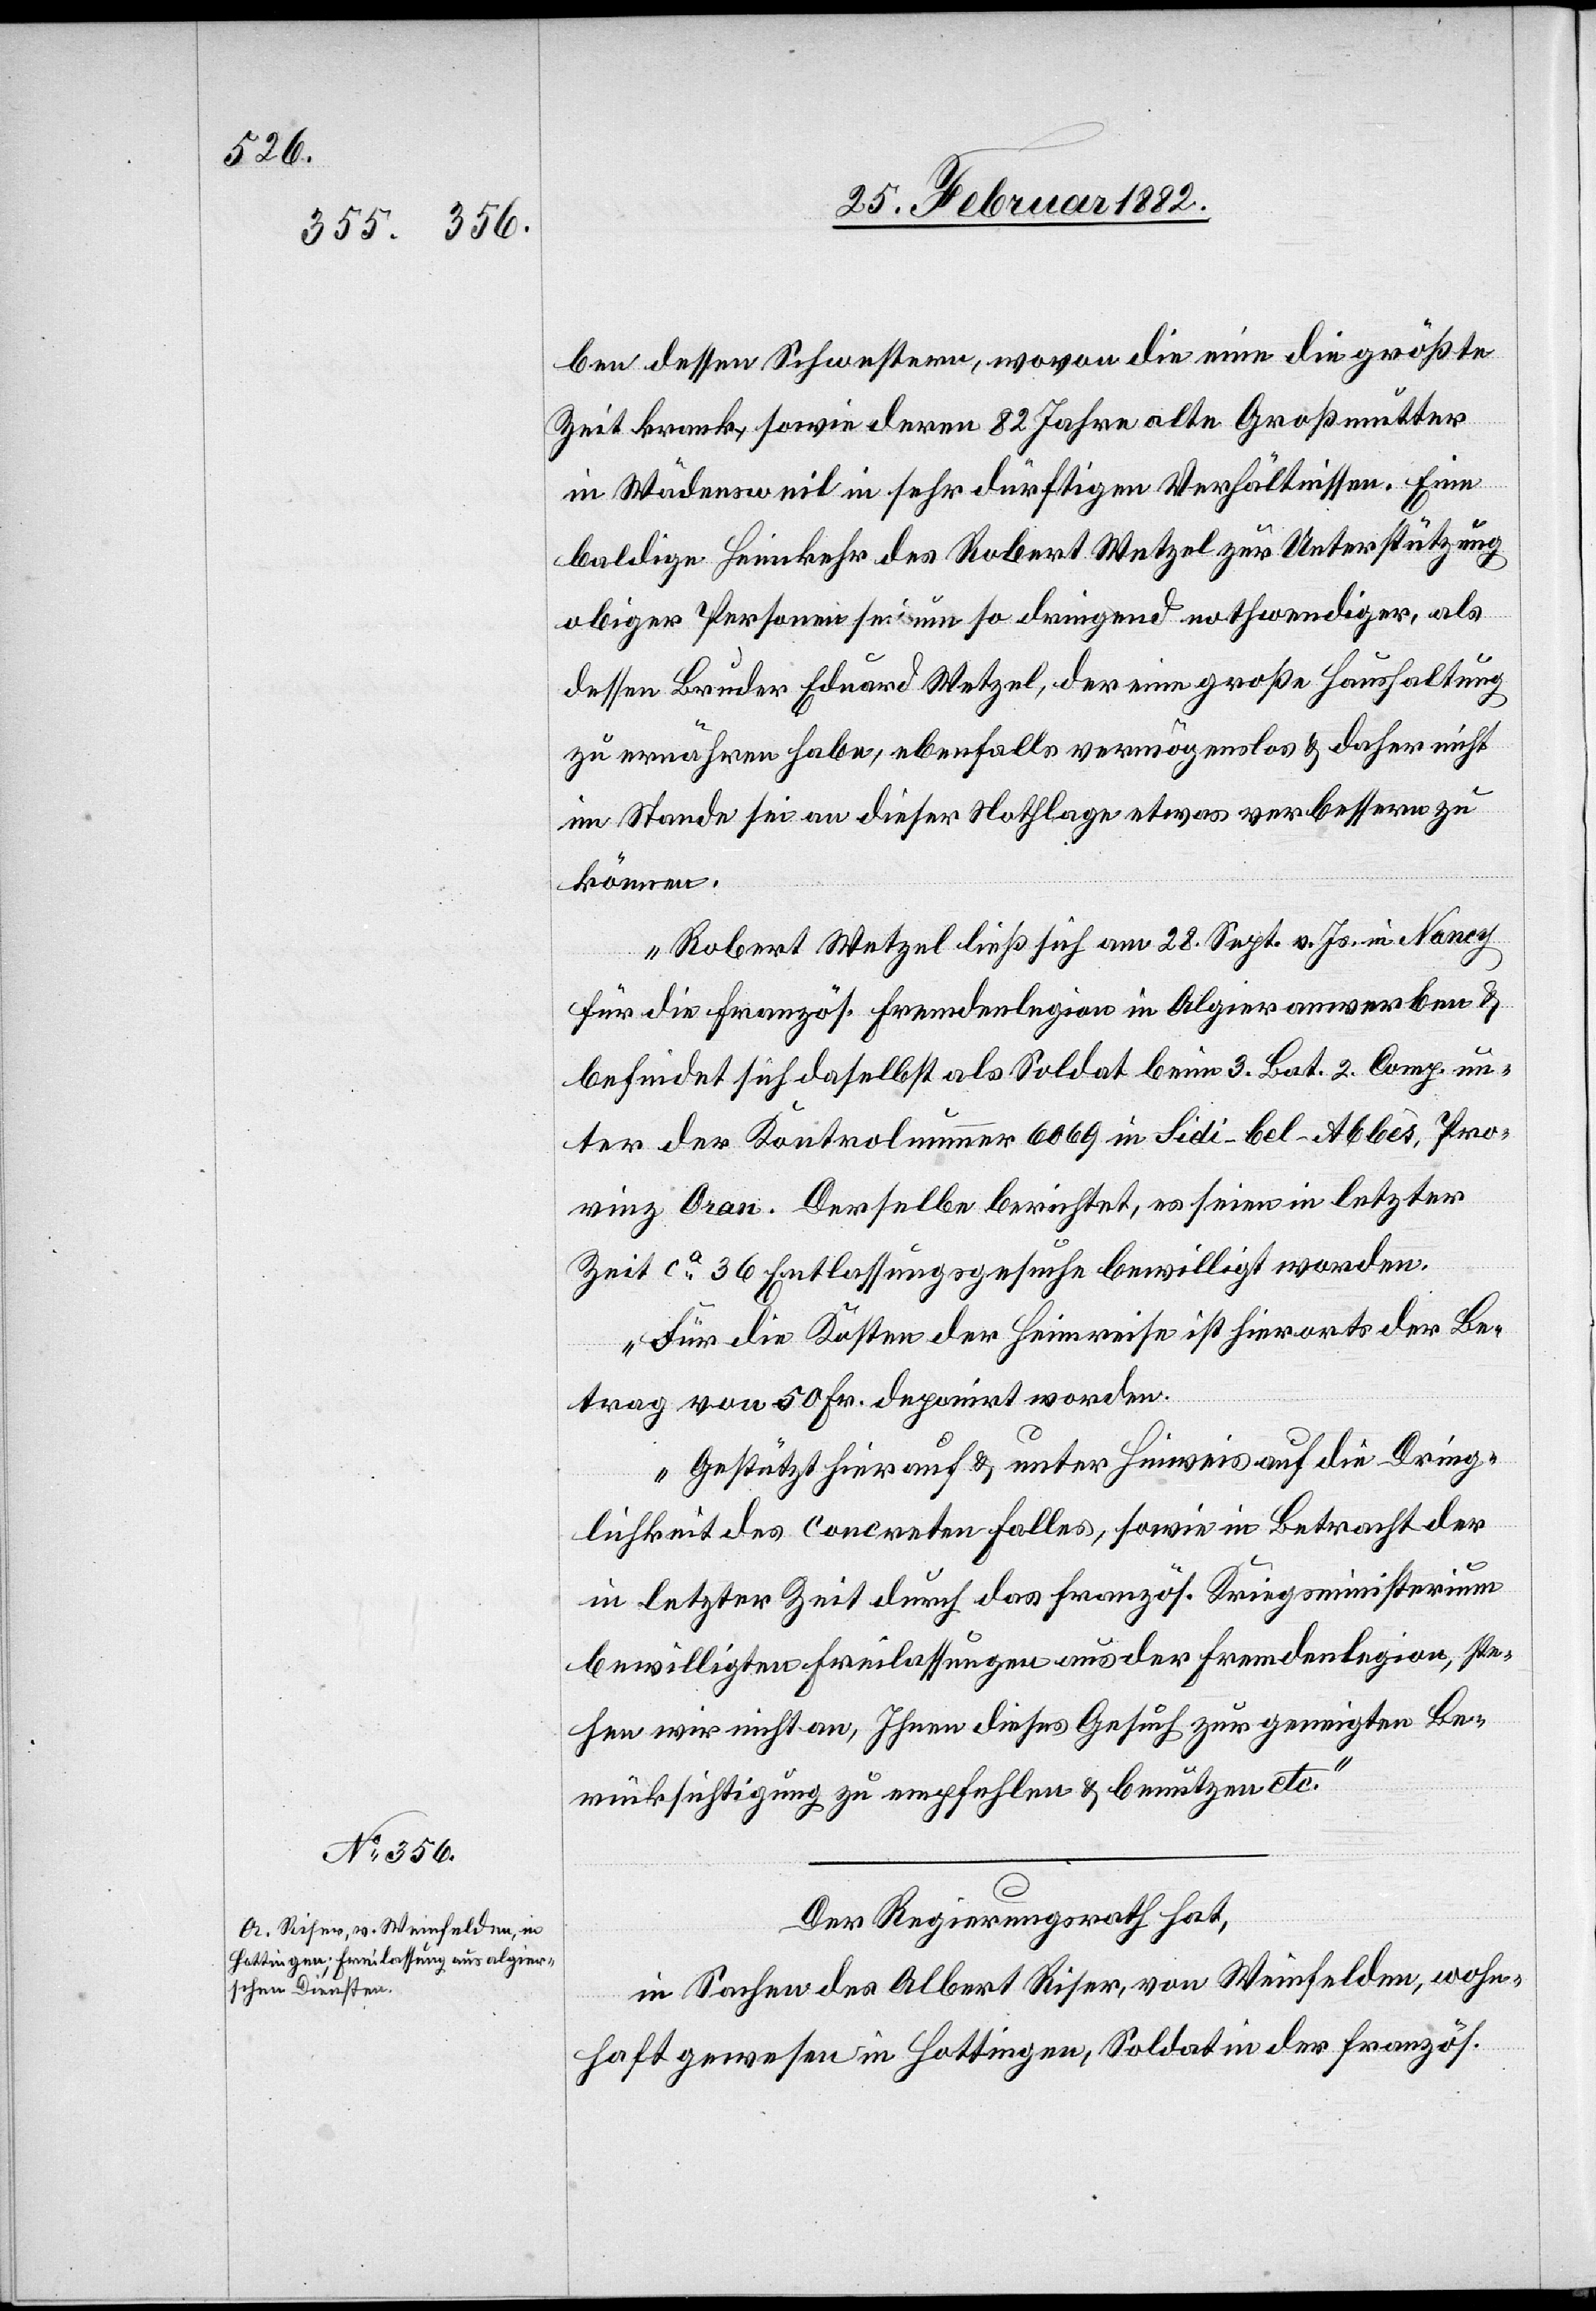
ben dessen Schwestern, wovon die eine die größte
Zeit krank, sowie deren 82 Jahre alte Großmutter
in Wädensweil in sehr dürftigen Verhältnissen. Eine
baldige Heimkehr des Robert Wetzel zur Unterstützung
obiger Personen sei um so dringend nothwendiger, als
dessen Bruder Eduard Wetzel, der eine große Haushaltung
zu ernähren habe, ebenfalls vermögenslos & daher nicht
im Stand sei an dieser Nothlage etwas verbessern zu
können.
Robert Wetzel ließ sich am 28. Sept. v. Js. in Nancy
für die französ. Fremdenlegion in Algier anwerben &
befindet sich daselbst als Soldat beim 3. Bat. 2. Comp. un¬
ter der Kontrolnummer 6069 in Sidi-bel-Abbès, Pro¬
vinz Oran. Derselbe berichtet, es seien in letzter
Zeit ca 36 Entlassungsgesuche bewilligt worden.
Für die Kosten der Heimreise ist hierorts der Be¬
trag von 50 Fr. deponirt worden.
Gestützt hierauf & unter Hinweis auf die Dring¬
lichkeit des concreten Falles, sowie in Betracht der
in letzter Zeit durch das französ. Kriegsministerium
bewilligten Freilassungen aus der Fremdenlegion, ste¬
hen wir nicht an, Ihnen dieses Gesuch zur geneigten Be¬
rücksichtigung zu empfehlen & benützen etc.“
Der Regierungsrath hat,
in Sachen des Albert Riser, von Weinfelden, wohn¬
haft gewesen in Hottingen, Soldat in der französ.